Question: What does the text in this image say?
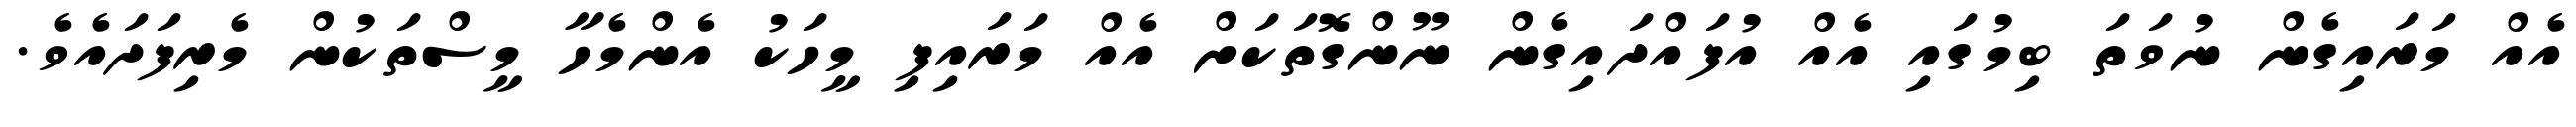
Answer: އެއް މަރައިގެން ނުވަތަ ބިމުގައި އެއް އުފައްދައިގެން ނޫންގޮތަކަށް އެއް މަރައިފި މީހަކު އެންމެހާ މީސްތަކުން މެރިފަދައެވެ.